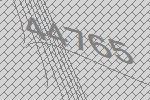
44765